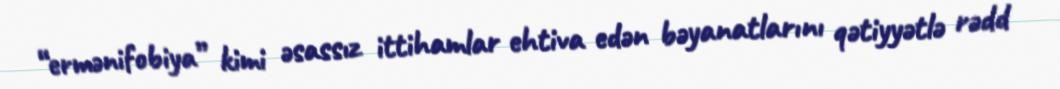
“ermənifobiya” kimi əsassız ittihamlar ehtiva edən bəyanatlarını qətiyyətlə rədd